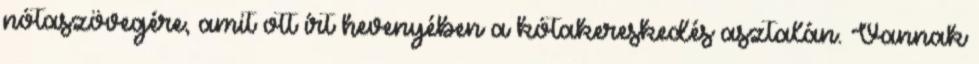
nótaszövegére, amit ott írt hevenyében a kótakereskedés asztalán. Vannak